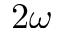
2 \omega